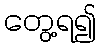
တွေ့ရ၍